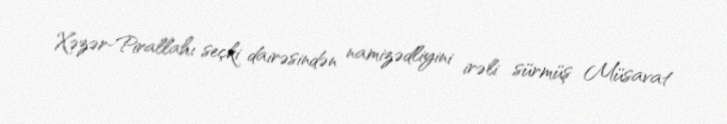
Xəzər-Pirallahı seçki dairəsindən namizədliyini irəli sürmüş Müsavat